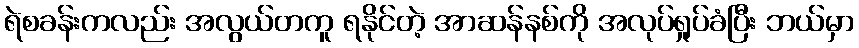
ရဲစခန်းကလည်း အလွယ်တကူ ရနိုင်တဲ့ အာဆန်နစ်ကို အလုပ်ရှုပ်ခံပြီး ဘယ်မှာ